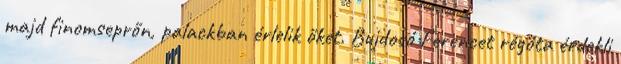
majd finomseprőn, palackban érlelik őket. Bujdosó Ferencet régóta érdekli